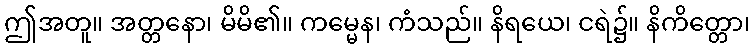
ဤအတူ။ အတ္တနော၊ မိမိ၏။ ကမ္မေန၊ ကံသည်။ နိရယေ၊ ငရဲ၌။ နိကိတ္တော၊